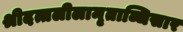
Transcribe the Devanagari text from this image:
श्रीदत्तलीलामृताब्धिसार